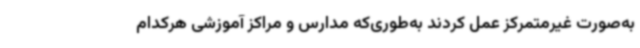
به‌صورت غیرمتمرکز عمل کردند به‌طوری‌که مدارس و مراکز آموزشی هرکدام